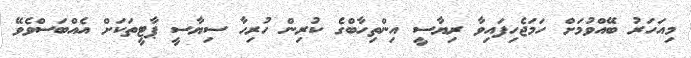
މިއަހަރު ބޭއްވުމަށް ހަމަޖެހިފައިވާ ރިޔާސީ އިންތިހާބްގެ ކުރިން ހުރިހާ ސިޔާސީ ޕާޓީތަކަށް އެއްބަސްވެވޭ